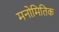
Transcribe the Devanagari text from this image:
मनोमितिक